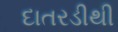
દાતરડીથી